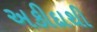
અકીદાથી